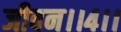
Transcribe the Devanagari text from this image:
जीवन।।४।।